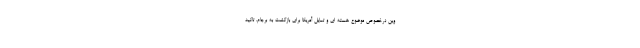
وین درخصوص موضوع هسته ای و تمایل آمریکا برای بازگشت به برجام، تاکید